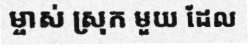
ម្ចាស់ ស្រុក មួយ ដែល